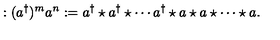
: ( a ^ { \dagger } ) ^ { m } a ^ { n } : = a ^ { \dagger } \star a ^ { \dagger } \star \cdots a ^ { \dagger } \star a \star a \star \cdots \star a .